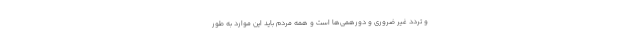
و تردد غیر ضروری و دورهمی‌ها است و همه مردم باید این موارد به طور